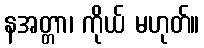
နအတ္တာ၊ ကိုယ် မဟုတ်။